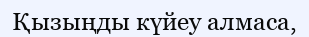
Қызыңды күйеу алмаса,